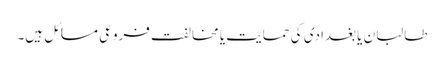
طالبان یا بغدادی کی حمایت یا مخالفت فروعی مسائل ہیں۔